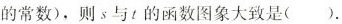
的常数)，则s与t的函数图象大致是（）。